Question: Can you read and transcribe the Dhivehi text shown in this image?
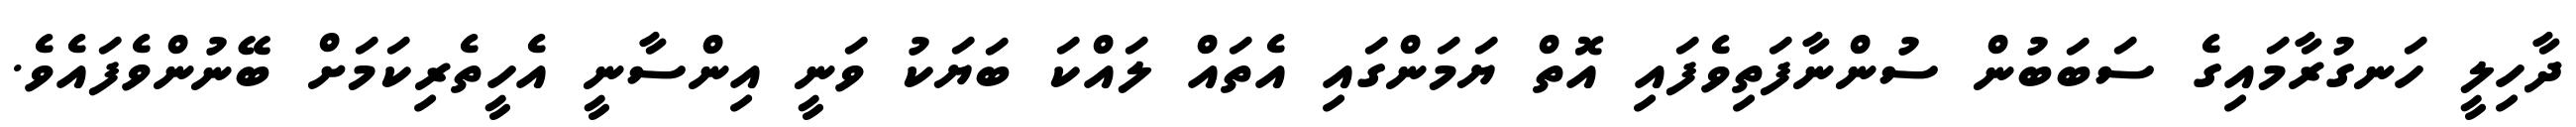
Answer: ދާހިލީ ހަނގުރާމައިގެ ސަބަބުން ސުންނާފަތިވެފައި އޮތް ޔަމަންގައި އެތައް ލައްކަ ބަޔަކު ވަނީ އިންސާނީ އެހީތެރިކަމަށް ބޭނުންވެފައެވެ.